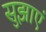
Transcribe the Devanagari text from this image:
सुझाएं